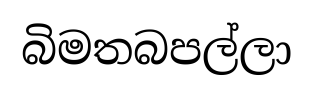
බිමතබපල්ලා